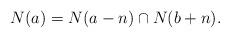
LaTeX: \begin{align*}N(a)=N(a-n)\cap N(b+n).\end{align*}